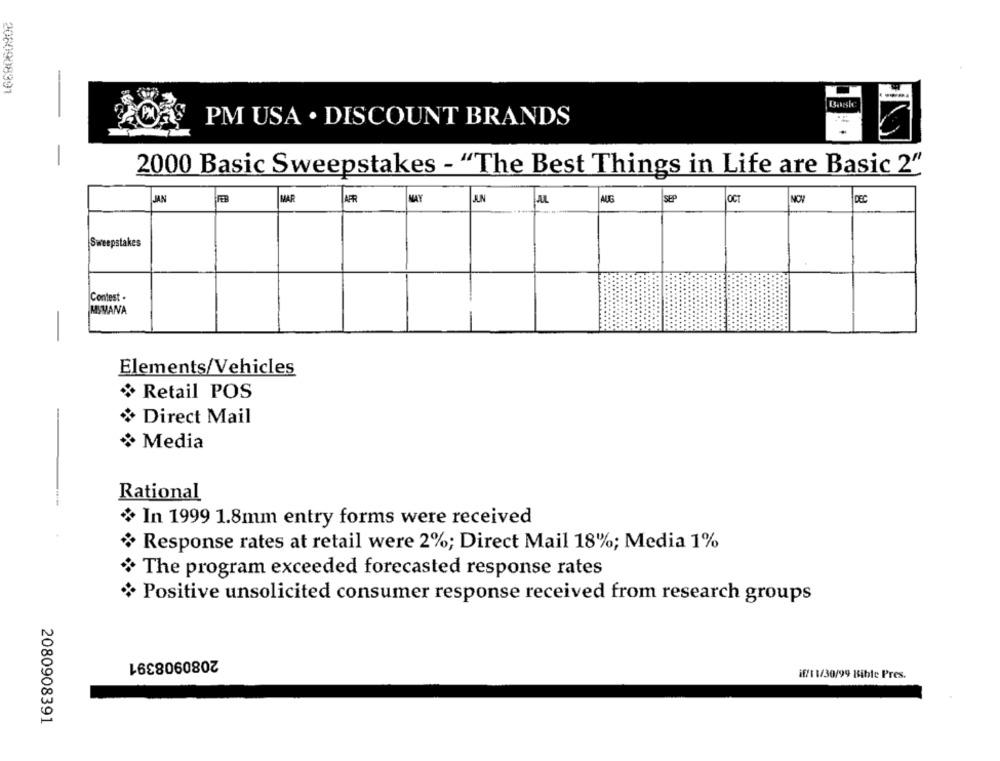
1668060300
PM USA . DISCOUNT BRANDS
2000 Basic Sweepstakes - "The Best Things in Life are Basic 2"
JAN
FEB
MAR
APR
MAY
J.N
AUG
SEP
NOV
DEC
AL
OCT
Sweepstakes
Contest .
MIVANA
-
Elements/Vehicles
Retail POS
Direct Mail
Media
Rational
In 1999 1.8mm entry forms were received
Response rates at retail were 2%; Direct Mail 18%; Media 1%
The program exceeded forecasted response rates
Positive unsolicited consumer response received from research groups
2080908391
if/1 1/30/99 Bible Pres.
2080908391